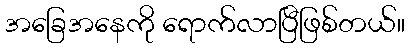
အခြေအနေကို ရောက်လာပြီဖြစ်တယ်။